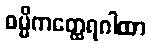
ဓမ္မိကတ္ထေရဂါထာ